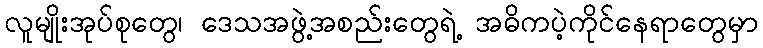
လူမျိုးအုပ်စုတွေ၊ ဒေသအဖွဲ့အစည်းတွေရဲ့ အဓိကပဲ့ကိုင်နေရာတွေမှာ